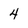
Character: 4